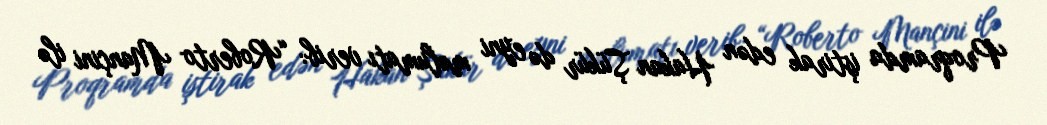
Proqramda iştirak edən Hakan Şükür də eyni məlumatı verib: “Roberto Mançini ilə